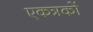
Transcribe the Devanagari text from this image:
एकत्रकों